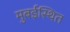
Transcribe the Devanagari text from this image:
मुबईस्थित